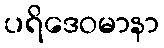
ပရိဒေဝမာနာ